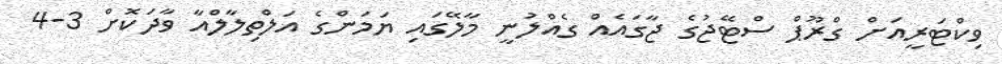
ވިކްޓަރީއަށް ގްރޫޕް ސްޓޭޖުގެ ޖާގައެއް ގެއްލުނީ މާލޭގައި ޔަމަންގެ އަލްތިލާލްއާ ވާދަކޮށް 3-4